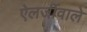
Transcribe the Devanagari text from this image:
ऐलर्जीवाले